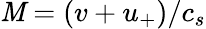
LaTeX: \mathit{M}=(v+u_{+})/c_{s}